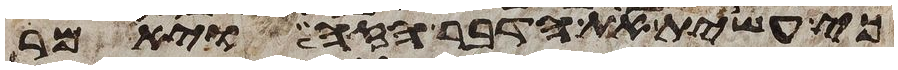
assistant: כי עשית את הדבר הזה ויאמר